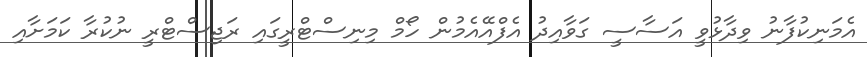
އެމަނިކުފާނު ވިދާޅުވީ އަސާސީ ގަވާއިދު އެފްއޭއެމުން ހޯމް މިނިސްޓްރީގައި ރަޖިސްޓްރީ ނުކުރާ ކަމަށާއި